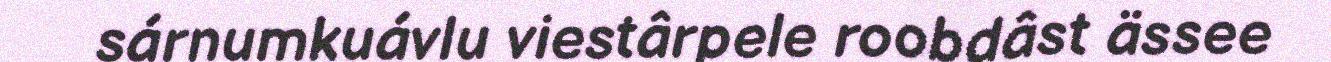
sárnumkuávlu viestârpele roobdâst ässee